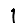
Digit: 1